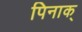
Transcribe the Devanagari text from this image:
पिनाक्